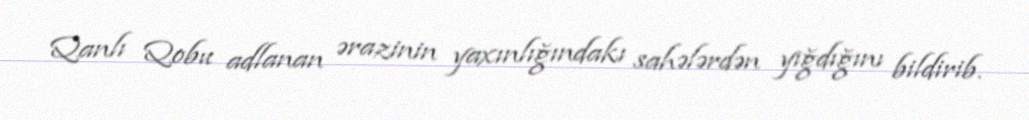
Qanlı Qobu adlanan ərazinin yaxınlığındakı sahələrdən yığdığını bildirib.